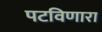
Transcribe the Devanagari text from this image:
पटविणारा